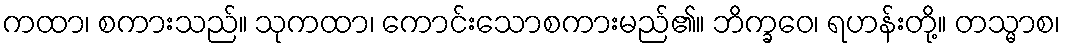
ကထာ၊ စကားသည်။ သုကထာ၊ ကောင်းသောစကားမည်၏။ ဘိက္ခဝေ၊ ရဟန်းတို့။ တသ္မာစ၊